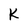
Character: K